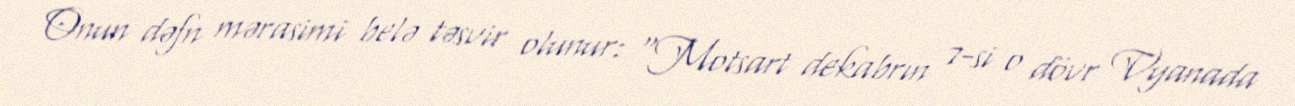
Onun dəfn mərasimi belə təsvir olunur: "Motsart dekabrın 7-si o dövr Vyanada